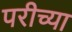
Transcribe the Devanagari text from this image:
परीच्या